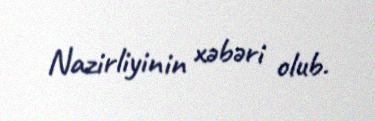
Nazirliyinin xəbəri olub.